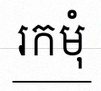
រកមុំ